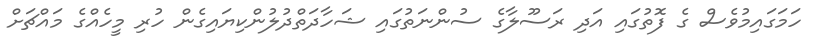
ހަމަގައިމުވެސް ގެ ފޮތުގައި އަދި ރަސޫލާގެ ސުންނަތުގައި ޝަހާދަތްދުލުންކިޔައިގެން ހުރި މީހެއްގެ މައްޗަށް